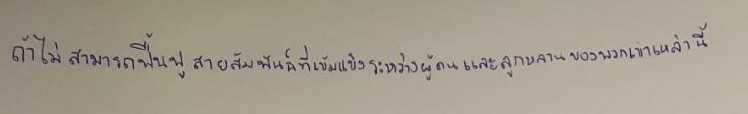
ถ้าไม่สามารถฟื้นฟูสายสัมพันธ์ที่เข้มแข็งระหว่างผู้คนและลูกหลานของพวกเขาเหล่านี้